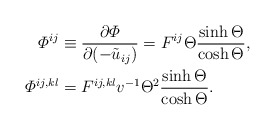
\begin{align*}\varPhi^{ij} & \equiv \frac{\partial \varPhi}{\partial (-\tilde{u}_{ij})}= F^{ij} \Theta \frac{\sinh \Theta}{ \cosh \Theta},\\\varPhi^{ij,kl} &= F^{ij,kl} v^{-1} \Theta^2 \frac{ \sinh \Theta}{ \cosh \Theta}.\end{align*}